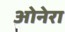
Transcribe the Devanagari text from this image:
ओनेरा